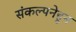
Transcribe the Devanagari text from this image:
संकल्पनेहून